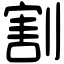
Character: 割